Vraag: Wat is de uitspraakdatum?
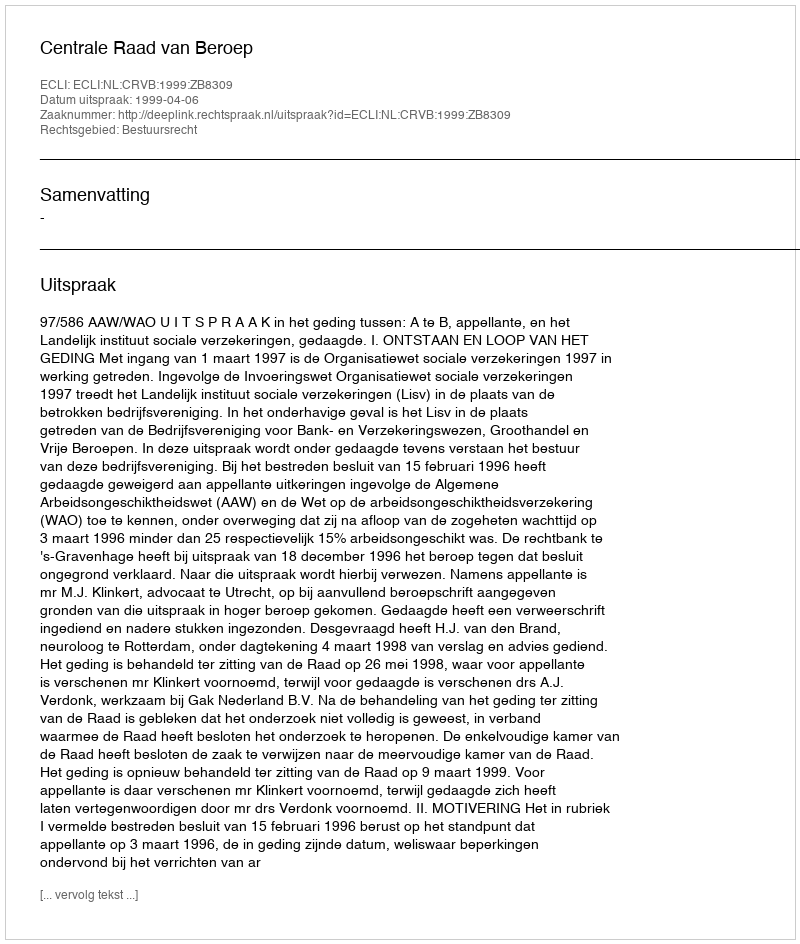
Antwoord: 1999-04-06